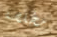
مخلصة